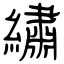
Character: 繡